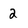
Character: 2